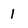
Character: 1